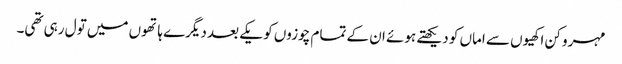
مہرو کن اکھیوں سے اماں کو دیکھتے ہوئے ان کے تمام چوزوں کو یکے بعد دیگرے ہاتھوں میں تول رہی تھی۔